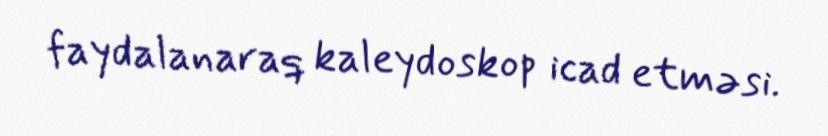
faydalanaraq kaleydoskop icad etməsi.